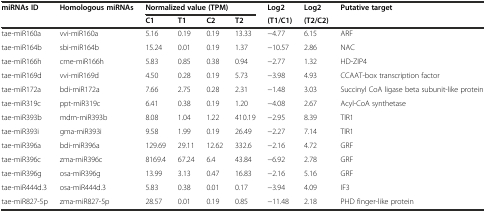
<table><thead><tr><td rowspan="2"><b>miRNAs ID</b></td><td rowspan="2"><b>Homologous miRNAs</b></td><td colspan="4"><b>Normalized value (TPM)</b></td><td><b>Log2</b></td><td><b>Log2</b></td><td rowspan="2"><b>Putative target</b></td></tr><tr><td><b>C1</b></td><td><b>T1</b></td><td><b>C2</b></td><td><b>T2</b></td><td><b>(T1/C1)</b></td><td><b>(T2/C2)</b></td></tr></thead><tbody><tr><td>tae-miR160a</td><td>vvi-miR160a</td><td>5.16</td><td>0.19</td><td>0.19</td><td>13.33</td><td>−4.77</td><td>6.15</td><td>ARF</td></tr><tr><td>tae-miR164b</td><td>sbi-miR164b</td><td>15.24</td><td>0.01</td><td>0.19</td><td>1.37</td><td>−10.57</td><td>2.86</td><td>NAC</td></tr><tr><td>tae-miR166h</td><td>cme-miR166h</td><td>5.83</td><td>0.85</td><td>0.38</td><td>0.94</td><td>−2.77</td><td>1.32</td><td>HD-ZIP4</td></tr><tr><td>tae-miR169d</td><td>vvi-miR169d</td><td>4.50</td><td>0.28</td><td>0.19</td><td>5.73</td><td>−3.98</td><td>4.93</td><td>CCAAT-box transcription factor</td></tr><tr><td>tae-miR172a</td><td>bdi-miR172a</td><td>7.66</td><td>2.75</td><td>0.28</td><td>2.31</td><td>−1.48</td><td>3.03</td><td>Succinyl CoA ligase beta subunit-like protein</td></tr><tr><td>tae-miR319c</td><td>ppt-miR319c</td><td>6.41</td><td>0.38</td><td>0.19</td><td>1.20</td><td>−4.08</td><td>2.67</td><td>Acyl-CoA synthetase</td></tr><tr><td>tae-miR393b</td><td>mdm-miR393b</td><td>8.08</td><td>1.04</td><td>1.22</td><td>410.19</td><td>−2.95</td><td>8.39</td><td>TIR1</td></tr><tr><td>tae-miR393i</td><td>gma-miR393i</td><td>9.58</td><td>1.99</td><td>0.19</td><td>26.49</td><td>−2.27</td><td>7.14</td><td>TIR1</td></tr><tr><td>tae-miR396a</td><td>bdi-miR396a</td><td>129.69</td><td>29.11</td><td>12.62</td><td>332.6</td><td>−2.16</td><td>4.72</td><td>GRF</td></tr><tr><td>tae-miR396c</td><td>zma-miR396c</td><td>8169.4</td><td>67.24</td><td>6.4</td><td>43.84</td><td>−6.92</td><td>2.78</td><td>GRF</td></tr><tr><td>tae-miR396g</td><td>osa-miR396g</td><td>13.99</td><td>3.13</td><td>0.47</td><td>16.83</td><td>−2.16</td><td>5.16</td><td>GRF</td></tr><tr><td>tae-miR444d.3</td><td>osa-miR444d.3</td><td>5.83</td><td>0.38</td><td>0.01</td><td>0.17</td><td>−3.94</td><td>4.09</td><td>IF3</td></tr><tr><td>tae-miR827-5p</td><td>zma-miR827-5p</td><td>28.57</td><td>0.01</td><td>0.19</td><td>0.85</td><td>−11.48</td><td>2.18</td><td>PHD finger-like protein</td></tr></tbody></table>